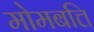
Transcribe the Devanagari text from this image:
मोमबत्ति